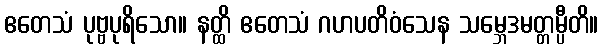
ဧတေသံ ပုဗ္ဗပုရိသော။ နတ္ထိ ဧတေသံ ဂဟပတိဝံသေန သမ္ဘေဒမတ္တမ္ပီတိ။